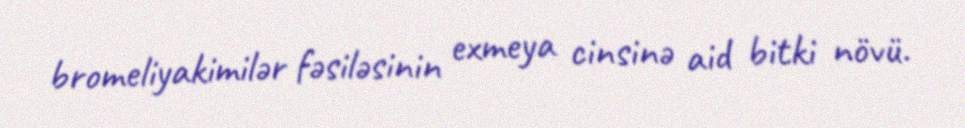
bromeliyakimilər fəsiləsinin exmeya cinsinə aid bitki növü.